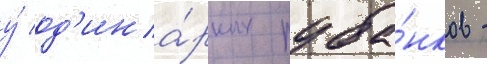
у́ од'ина́рных руба́нков -